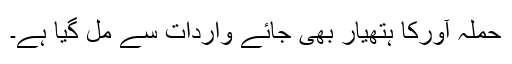
حملہ آورکا ہتھیار بھی جائے واردات سے مل گیا ہے۔